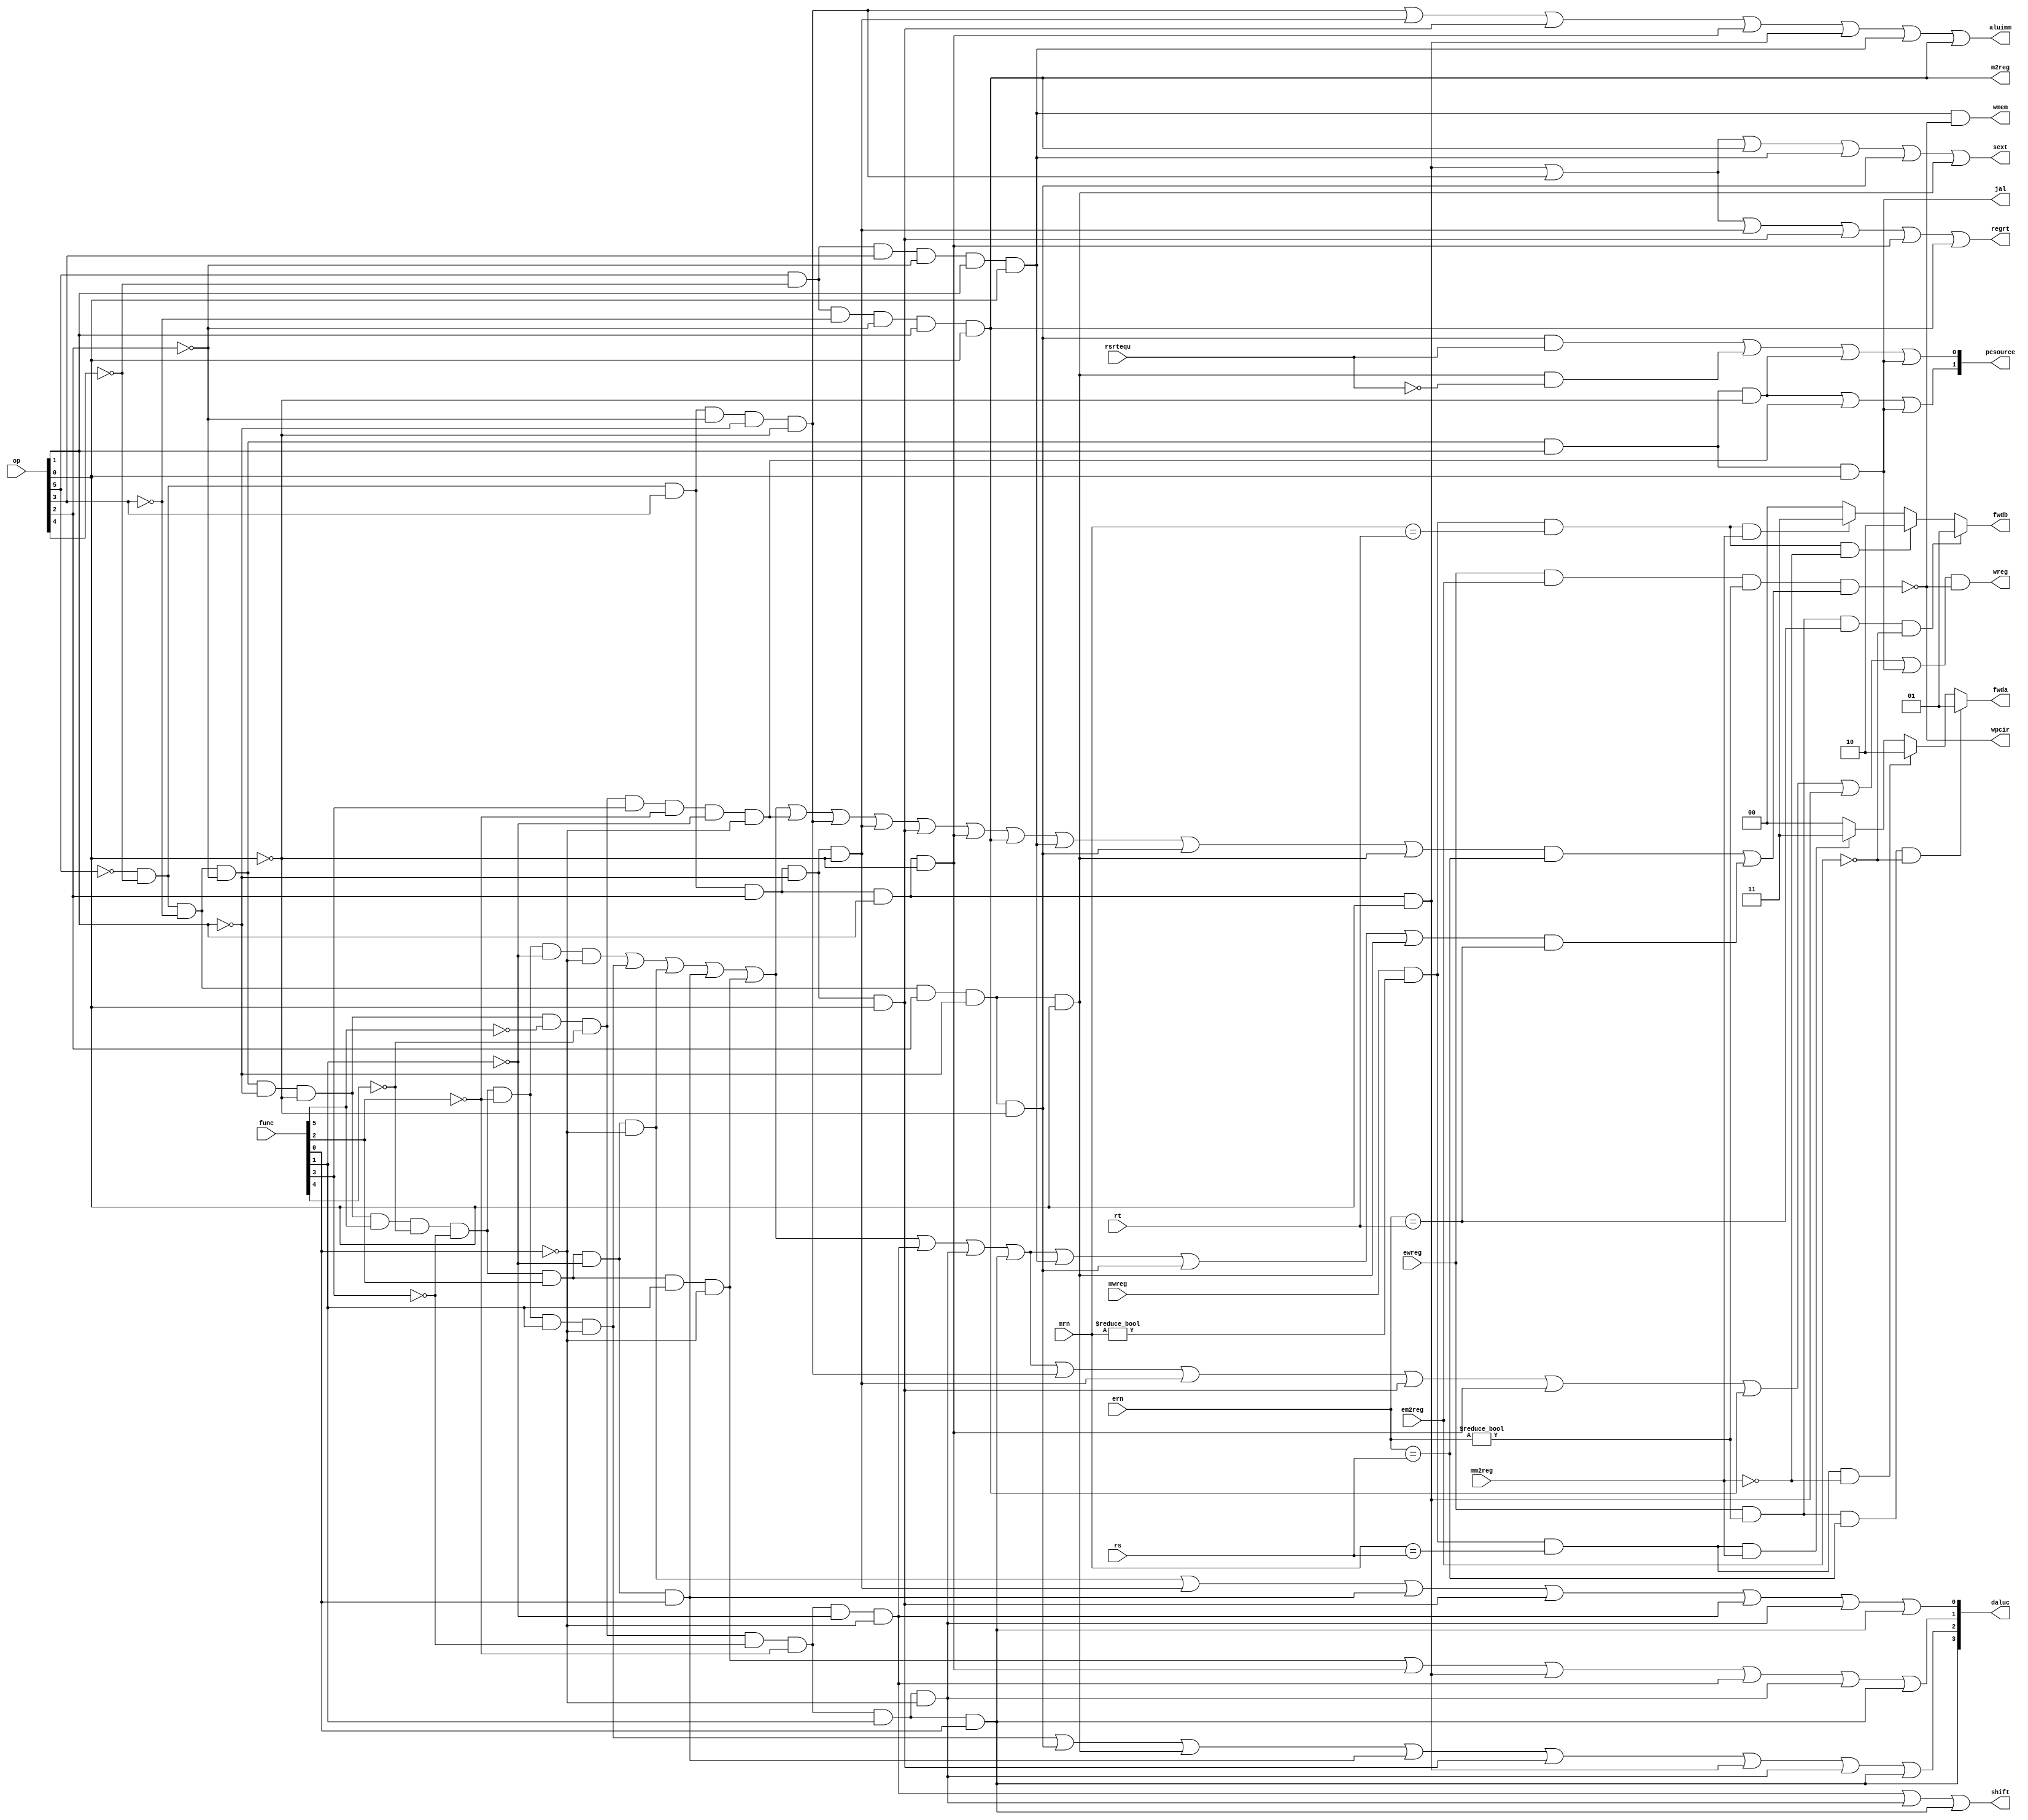
module control_unit(pcsource,wpcir,op,func,rs,rt,mrn,mm2reg,mwreg,ern,em2reg,ewreg,wreg,m2reg,wmem,jal,daluc,aluimm,shift,rsrtequ,regrt,sext,fwdb,fwda);
	//input wire resetn;
	input wire [5:0] op,func;
	input wire [4:0] rs,rt,mrn,ern;
	input wire mm2reg,mwreg,em2reg,ewreg,rsrtequ;
	output wire wpcir,wreg,m2reg,wmem,jal,aluimm,shift,regrt,sext;
	output wire [3:0] daluc;
	output wire [1:0] pcsource,fwda,fwdb;
	wire r,i_and,i_or,i_xor,i_add,i_sub,i_addi,i_andi,i_ori,i_xori,i_lw,i_sw,i_beq,i_bne,i_sll,i_srl,i_sra,i_jr,i_j,i_jal,i_lui,i_rs,i_rt;
	assign r=~op[5]&~op[4]&~op[3]&~op[2]&~op[1]&~op[0];
	assign i_and=r&func[5]&~func[4]&~func[3]&func[2]&~func[1]&~func[0];
	assign i_or=r&func[5]&~func[4]&~func[3]&func[2]&~func[1]&func[0];
	assign i_xor=r&func[5]&~func[4]&~func[3]&func[2]&func[1]&~func[0];
	assign i_add=r&func[5]&~func[4]&~func[3]&~func[2]&~func[1]&~func[0];
	assign i_sub=r&func[5]&~func[4]&~func[3]&~func[2]&func[1]&~func[0];
	assign i_sll=r&~func[5]&~func[4]&~func[3]&~func[2]&~func[1]&~func[0];
	assign i_srl=r&~func[5]&~func[4]&~func[3]&~func[2]&func[1]&~func[0];
	assign i_sra=r&~func[5]&~func[4]&~func[3]&~func[2]&func[1]&func[0];
	assign i_jr=r&~func[5]&~func[4]&func[3]&~func[2]&~func[1]&~func[0];
	assign i_j=~op[5]&~op[4]&~op[3]&~op[2]&op[1]&~op[0];
	assign i_jal=~op[5]&~op[4]&~op[3]&~op[2]&op[1]&op[0];
	assign i_addi=~op[5]&~op[4]&op[3]&~op[2]&~op[1]&~op[0];
	assign i_andi=~op[5]&~op[4]&op[3]&op[2]&~op[1]&~op[0];
	assign i_ori=~op[5]&~op[4]&op[3]&op[2]&~op[1]&op[0];
	assign i_xori=~op[5]&~op[4]&op[3]&op[2]&op[1]&~op[0];
	assign i_lw=op[5]&~op[4]&~op[3]&~op[2]&op[1]&op[0];
	assign i_sw=op[5]&~op[4]&op[3]&~op[2]&op[1]&op[0];
	assign i_beq=~op[5]&~op[4]&~op[3]&op[2]&~op[1]&~op[0];
	assign i_bne=~op[5]&~op[4]&~op[3]&op[2]&~op[1]&op[0];
	assign i_lui=~op[5]&~op[4]&op[3]&op[2]&op[1]&op[0];
	assign i_rs=i_add|i_sub|i_and|i_or|i_xor|i_jr|i_addi|i_andi|i_ori|i_xori|i_lw|i_sw|i_beq|i_bne;
	assign i_rt=i_add|i_sub|i_and|i_or|i_xor|i_sll|i_srl|i_sra|i_sw|i_beq|i_bne;
	assign daluc[3]=i_sra;
	assign daluc[2]=i_sub|i_beq|i_bne|i_or|i_ori|i_lui|i_srl|i_sra;
	assign daluc[1]=i_xor|i_xori|i_lui|i_sll|i_srl|i_sra;
	assign daluc[0]=i_and|i_andi|i_or|i_ori|i_sll|i_srl|i_sra;
	assign wpcir=~(ewreg&em2reg&(ern!=0)&(i_rs&(ern==rs)|i_rt&(ern==rt)));
	assign wreg=(i_add|i_sub|i_and|i_or|i_xor|i_sll|i_srl|i_sra|i_addi|i_andi|i_ori|i_xori|i_lw|i_lui|i_jal)&wpcir;
	assign wmem=i_sw&wpcir;
	assign m2reg=i_lw;
	assign jal=i_jal;
	assign aluimm=i_addi|i_andi|i_ori|i_xori|i_lui|i_sw|i_lw;
	assign shift=i_sll|i_srl|i_sra;
	assign regrt=i_lui|i_addi|i_andi|i_ori|i_xori|i_lw;
	assign sext=i_lui|i_addi|i_lw|i_sw|i_beq|i_bne;
	assign fwda=(ewreg&(ern!=0)&(ern==rs)&~em2reg)?2'b01:((mwreg&(mrn!=0)&(mrn==rs)&~mm2reg)?2'b10:((mwreg&(mrn!=0)&(mrn==rs)&mm2reg)?2'b11:2'b00));
	assign fwdb=(ewreg&(ern!=0)&(ern==rt)&~em2reg)?2'b01:((mwreg&(mrn!=0)&(mrn==rt)&~mm2reg)?2'b10:((mwreg&(mrn!=0)&(mrn==rt)&mm2reg)?2'b11:2'b00));
	assign pcsource[1]=i_j|i_jr|i_jal;
	assign pcsource[0]=(i_beq&rsrtequ)|(i_bne&~rsrtequ)|i_j|i_jal;
endmodule